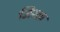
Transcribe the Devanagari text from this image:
जिस्क्र